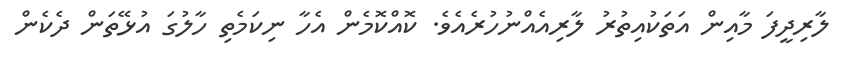
ލާރިދީފަ މާއިން އަތަކުއިތުރު ލާރިއެއްނުހުރެއެވެ. ކޮއްކޮމެން އެހާ ނިކަމެތި ހާލުގަ އުޅޭތަން ދެކެން